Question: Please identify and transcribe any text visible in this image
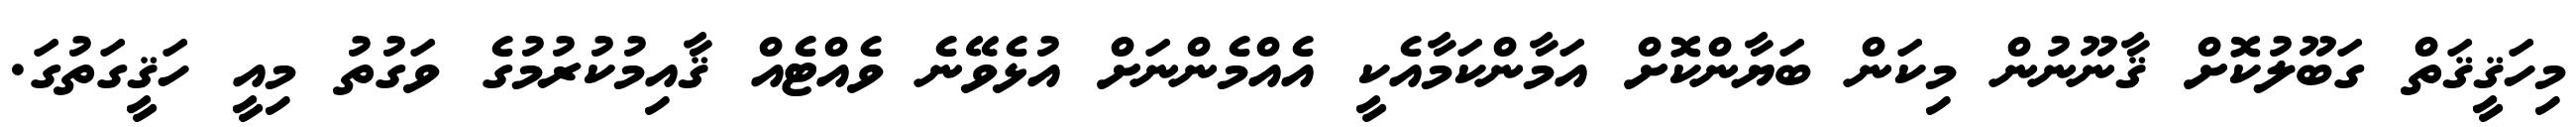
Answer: މިހަޤީޤަތް ގަބޫލުކޮށް ޤާނޫނުން މިކަން ބަޔާންކޮށް އަމާންކަމާއެކީ އެއްމެންނަށް އުޅެވޭނެ ވެއްޓެއް ޤާއިމުކުރުމުގެ ވަގުތު މިއީ ހަޤީގަތުގަ.